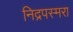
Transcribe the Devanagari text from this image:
निद्रपस्मरा